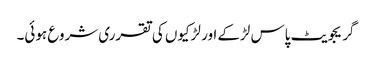
گریجویٹ پاس لڑ‌کے اور لڑکیوں کی تقرری شروع ہوئی۔